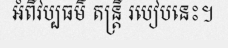
អំពីវប្បធម៌ តន្ត្រី របៀបនេះ។